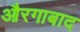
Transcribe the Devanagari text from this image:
औरगाबाद